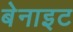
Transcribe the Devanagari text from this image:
बेनाइट